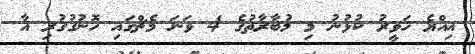
އިއްޔެ ހަވީރު ކުޅުނު މި މުބާރާތުގެ 4 ވަނަ މެޗްގައި ހޮނުގުގުރި އާ